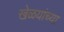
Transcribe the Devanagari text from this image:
खेळयांच्या